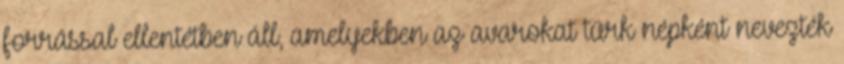
forrással ellentétben áll, amelyekben az avarokat türk népként nevezték